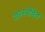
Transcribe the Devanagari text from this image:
जाननेहित